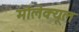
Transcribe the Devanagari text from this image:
मोलेक्यूल